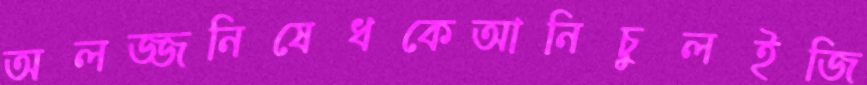
অলজ্জনিষেধকেআনিচুলইজি